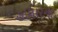
હાલારના